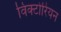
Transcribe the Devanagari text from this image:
विक्‍टोरियन